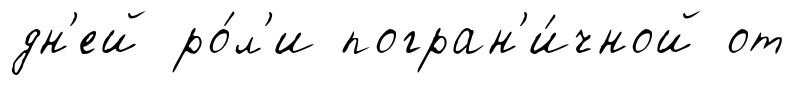
дн'ей ро́л'и погран'и́чной от